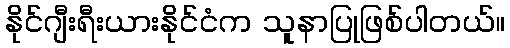
နိုင်ဂျီးရီးယားနိုင်ငံက သူနာပြုဖြစ်ပါတယ်။